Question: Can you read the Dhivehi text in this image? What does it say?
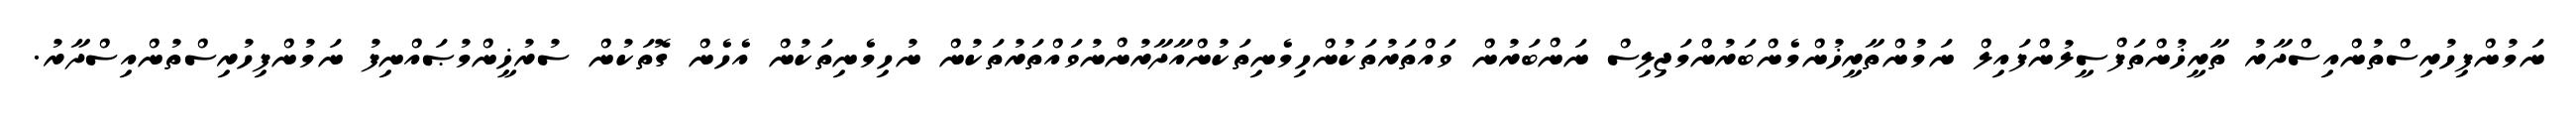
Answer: ނަމުންފިހުރިސްތުންއިސްދާރު ތާރީޚުންތަފްސީލުންފައިލް ނަމުންތާރީޚުންމެންބަރުންމަޖިލިސް ނަންބަރުން ވައްތަރުތަކުންހިމެނިތަކުންއާދާރުންނުވައްތަރުތަކުން ނުހިމެނިތަކުން އެހެން ގޮތަކުން ސުރުޚީންމުޞައްނިފު ނަމުންފިހުރިސްތުންއިސްދާރު.